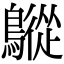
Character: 𪅜